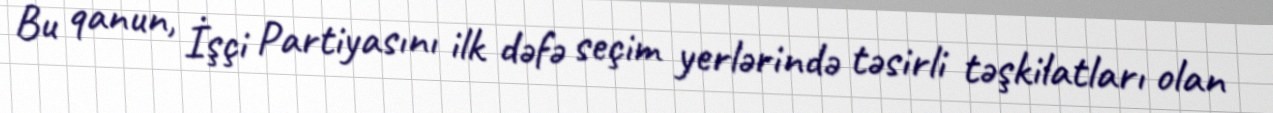
Bu qanun, İşçi Partiyasını ilk dəfə seçim yerlərində təsirli təşkilatları olan